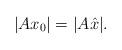
LaTeX: \begin{align*}|Ax_0|=|A\hat x|.\end{align*}